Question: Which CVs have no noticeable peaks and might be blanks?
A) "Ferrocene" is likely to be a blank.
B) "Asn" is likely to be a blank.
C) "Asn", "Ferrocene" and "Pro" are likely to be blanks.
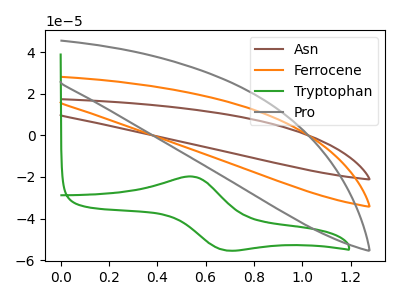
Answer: <think>The brown curve "Asn" has no peaks. The orange curve "Ferrocene" has no peaks. The green curve "Tryptophan" has an anodic peak at (0.55V, -19.80uA) and a cathodic peak at (0.70V, -55.25uA). The gray curve "Pro" has no peaks.</think>
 <answer>C) "Asn", "Ferrocene" and "Pro" are likely to be blanks.</answer>
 <eval>C</eval>